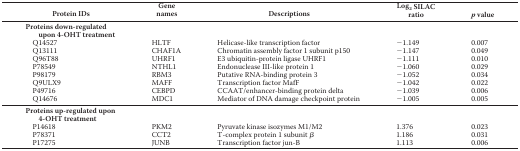
<table><thead><tr><td><b>Protein IDs</b></td><td><b>Gene names</b></td><td><b>Descriptions</b></td><td><b>Log<sub>2</sub> SILAC ratio</b></td><td><b><i>p</i> value</b></td></tr></thead><tbody><tr><td><b>Proteins down-regulated upon 4-OHT treatment</b></td><td></td><td></td><td></td><td></td></tr><tr><td>Q14527</td><td>HLTF</td><td>Helicase-like transcription factor</td><td>−1.149</td><td>0.007</td></tr><tr><td>Q13111</td><td>CHAF1A</td><td>Chromatin assembly factor 1 subunit p150</td><td>−1.147</td><td>0.049</td></tr><tr><td>Q96T88</td><td>UHRF1</td><td>E3 ubiquitin-protein ligase UHRF1</td><td>−1.111</td><td>0.010</td></tr><tr><td>P78549</td><td>NTHL1</td><td>Endonuclease III-like protein 1</td><td>−1.060</td><td>0.029</td></tr><tr><td>P98179</td><td>RBM3</td><td>Putative RNA-binding protein 3</td><td>−1.052</td><td>0.034</td></tr><tr><td>Q9ULX9</td><td>MAFF</td><td>Transcription factor MafF</td><td>−1.042</td><td>0.022</td></tr><tr><td>P49716</td><td>CEBPD</td><td>CCAAT/enhancer-binding protein delta</td><td>−1.039</td><td>0.006</td></tr><tr><td>Q14676</td><td>MDC1</td><td>Mediator of DNA damage checkpoint protein</td><td>−1.005</td><td>0.005</td></tr><tr><td><b>Proteins up-regulated upon 4-OHT treatment</b></td><td></td><td></td><td></td><td></td></tr><tr><td>P14618</td><td>PKM2</td><td>Pyruvate kinase isozymes M1/M2</td><td>1.376</td><td>0.023</td></tr><tr><td>P78371</td><td>CCT2</td><td>T-complex protein 1 subunit β</td><td>1.186</td><td>0.031</td></tr><tr><td>P17275</td><td>JUNB</td><td>Transcription factor jun-B</td><td>1.113</td><td>0.006</td></tr></tbody></table>